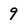
Character: 9